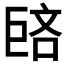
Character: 𪩥